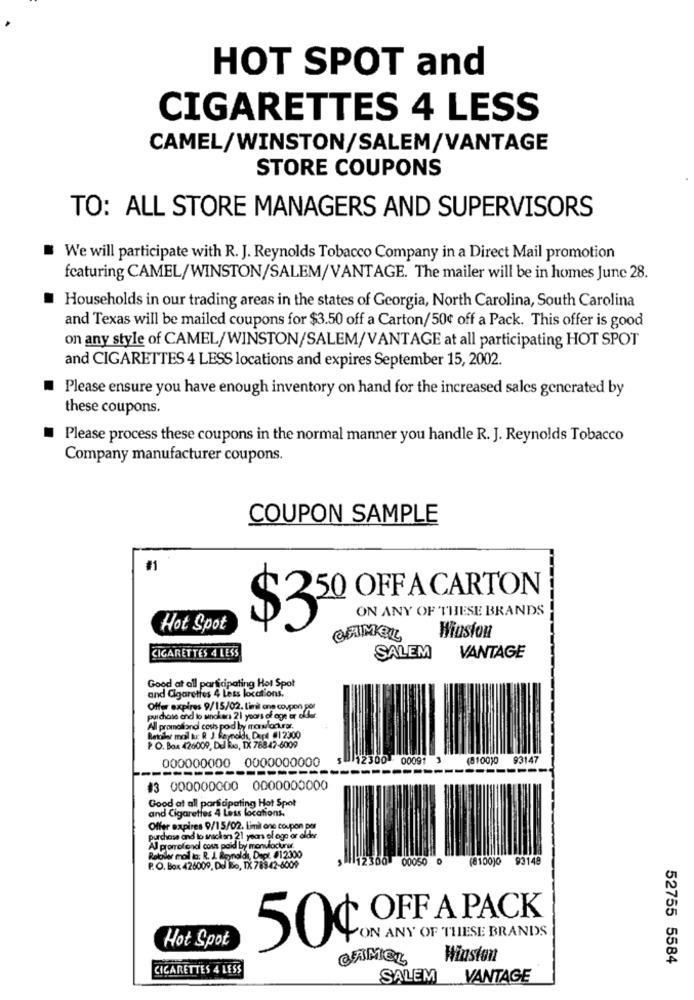
HOT SPOT and
CIGARETTES 4 LESS
CAMEL/WINSTON/SALEM/VANTAGE
STORE COUPONS
TO: ALL STORE MANAGERS AND SUPERVISORS
We will participate with R. J. Reynolds Tobacco Company in a Direct Mail promotion
featuring CAMEL/WINSTON/SALEM/VANTAGE. The mailer will be in homes June 28.
Households in our trading areas in the states of Georgia, North Carolina, South Carolina
and Texas will be mailed coupons for $3.50 off a Carton/50€ off a Pack. This offer is good
on any style of CAMEL/WINSTON/SALEM/VANTAGE at all participating HOT SPOT
and CIGARETTES 4 LESS locations and expires September 15, 2002.
Please ensure you have enough inventory on hand for the increased sales generated by
these coupons.
Please process these coupons in the normal manner you handle R. J. Reynolds Tobacco
Company manufacturer coupons.
COUPON SAMPLE
50 OFF A CARTON
ON ANY OF THESE BRANDS
Hot Spot
$350g
Winston
CIGARETTES 4 LESS
SALEM
VANTAGE
Good at all participating Hot Spot
and Cigarettes 4 Less locations.
Offer expires 9/15/02. Limi ane coupon por
purchase and to sinckers 21 years of ege er elfr
All promolland cosh poid by monlocurar.
Bettler mol tu: R J Reynolds, Dapl #12300
P. O. Box 426009, Del Bis, TX 78847-6009
000000000 0000000000
12300
00091 3
(8100)0
93147
-----------------.
-----------
#3 000000000 0000000000
Good at all participating Hot Spot
and Cigarettes 4 Less locations,
Offer expires 9/15/02. Limit one coupon per
purchase and lo snackan 21 years of age or older.
Al promofond cous paid by manufacturer.
Rokciler mail to: R. J. Reynolds, Depl. #12300
12300
00050 0
(8100)0
93148
P. O. Box 426009, Del Io, TX 78342-6009
OFF A PACK
Hot Spot
ON ANY OF THESE BRANDS
50¢
CAMEL
Winston
52755 5584
CIGARETTES 4 LESS
SALEM
VANTAGE